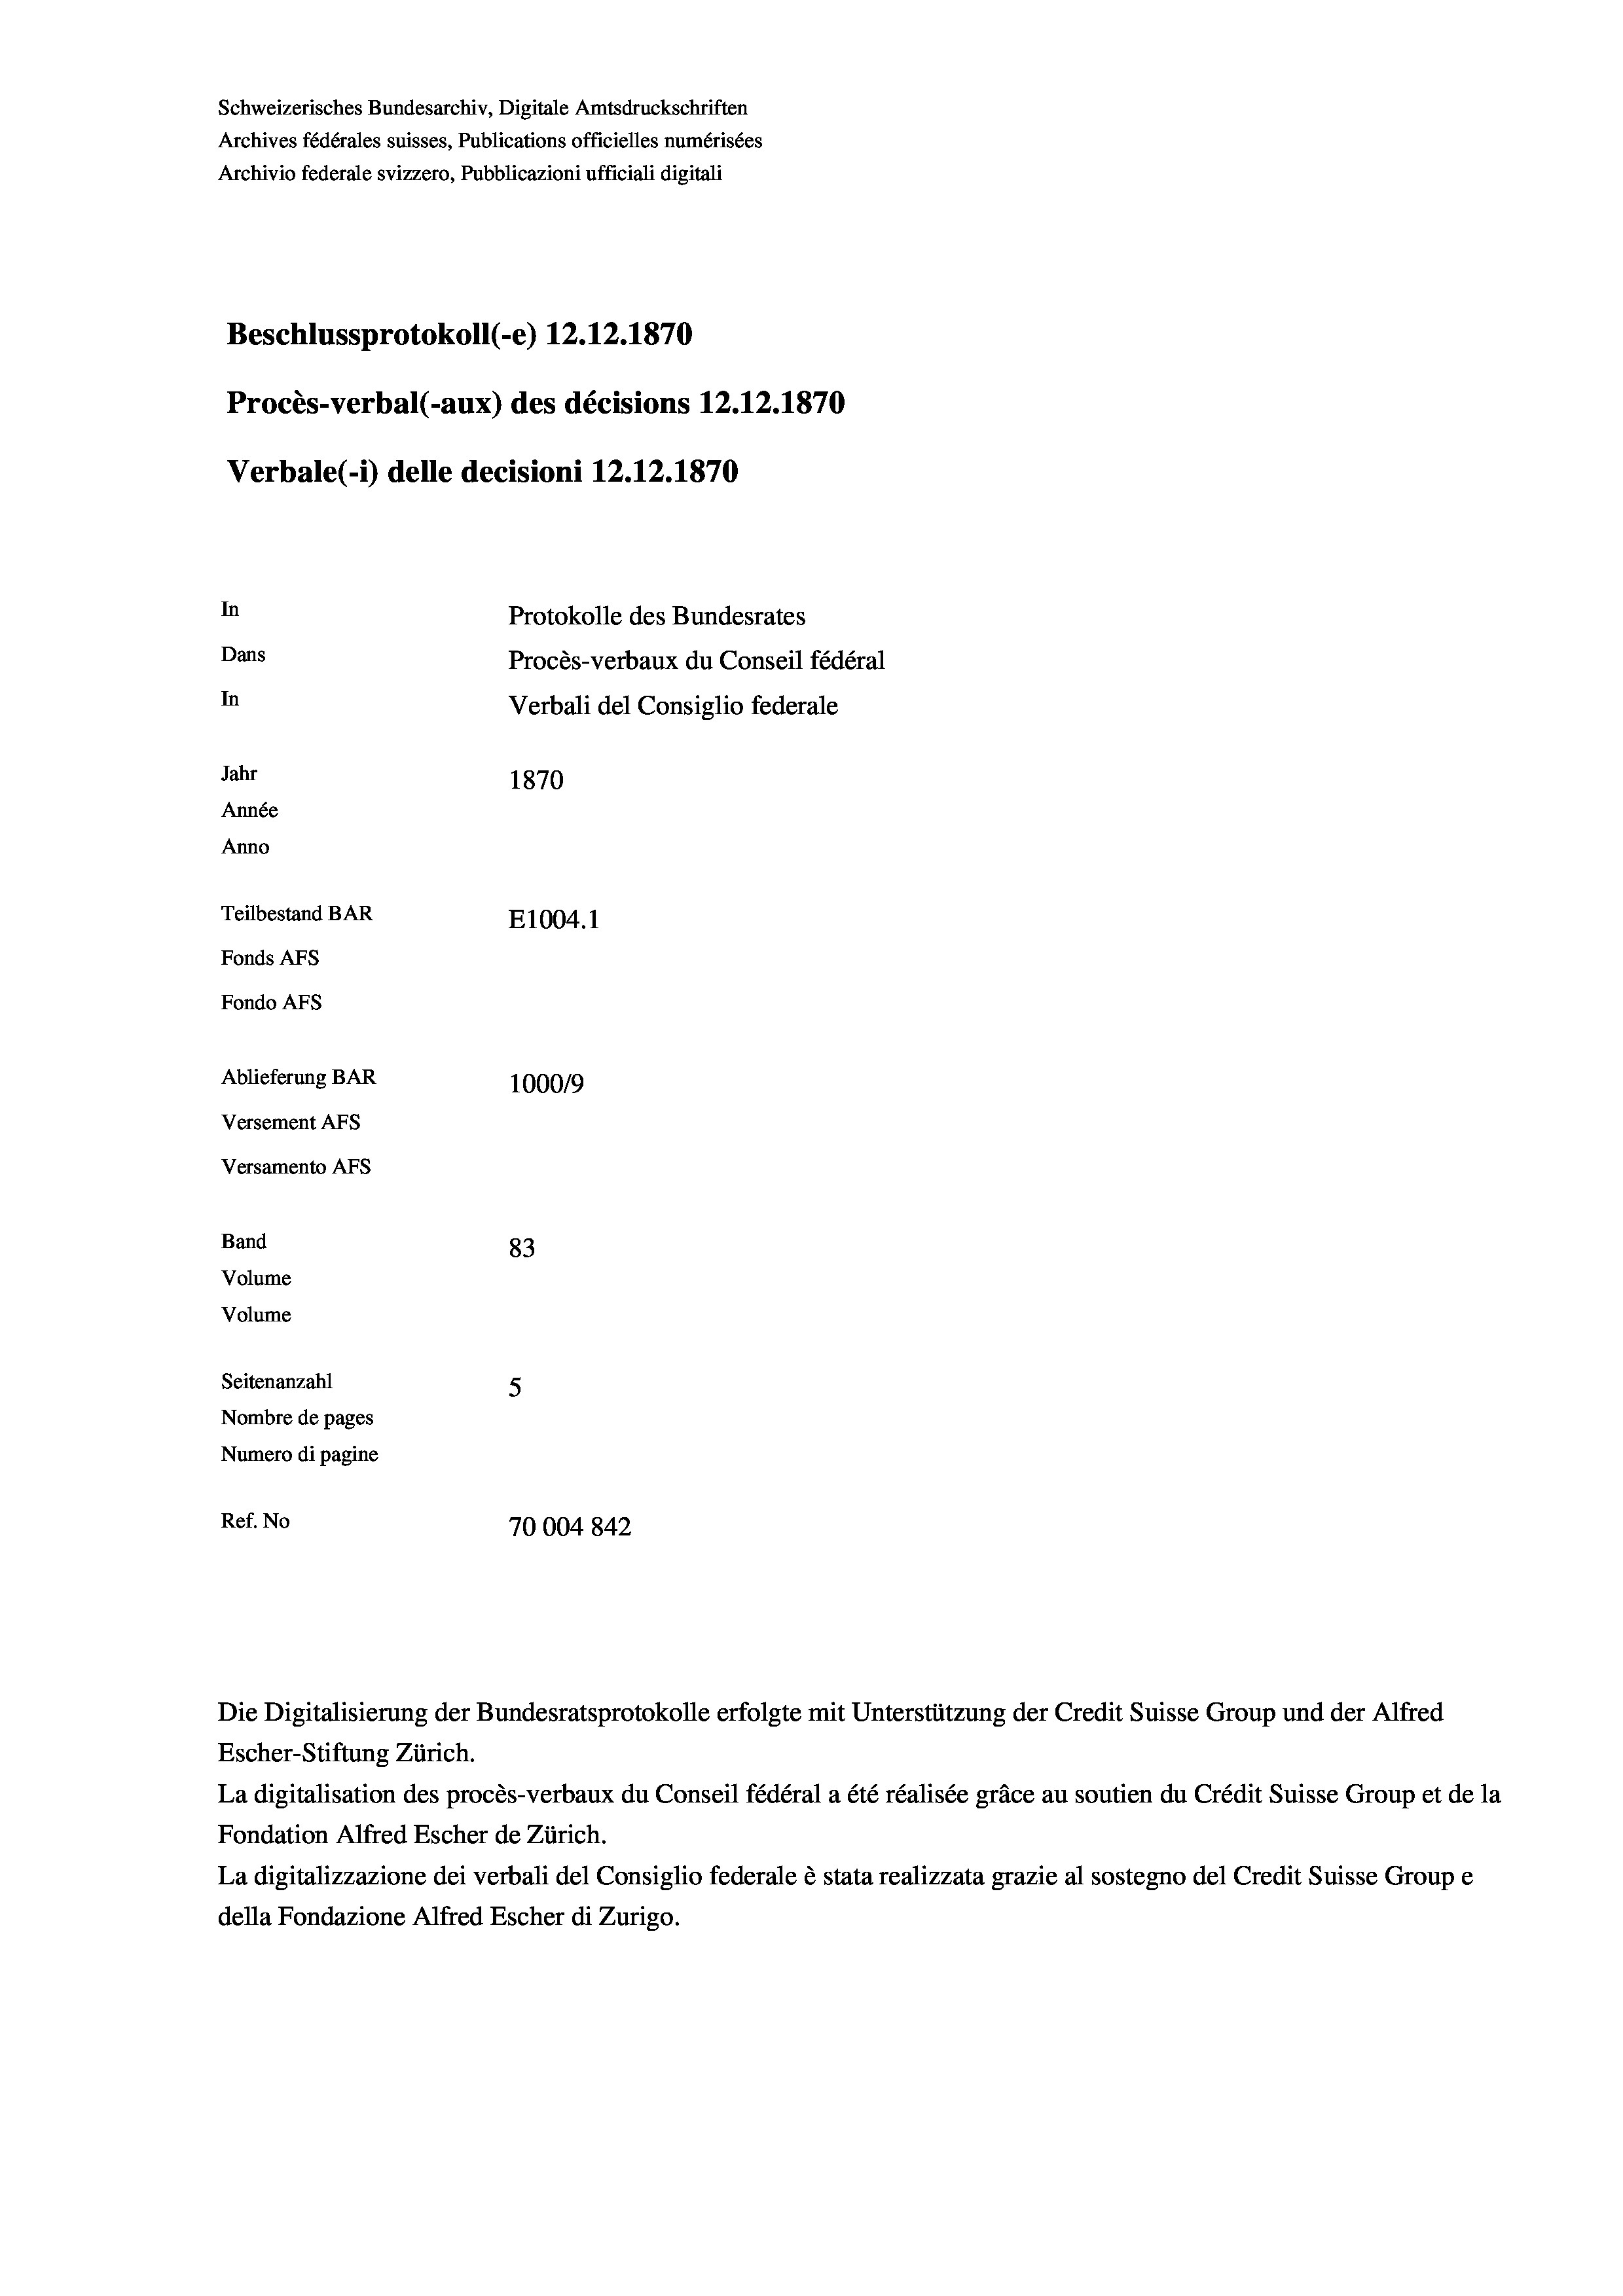
Schweizerisches Bundesarchiv, Digitale Amtsdruckschriften
Archives fédérales suisses, Publications officielles numérisées
Archivio federale svizzero, Pubblicazioni ufficiali digitali
Beschlussprotokoll (-e) 12.12.1870
Procès-verbal (-aux) des décisions 12.12.1870
Verbale(-*) delle decisioni 12.12.1870
In
Protokolle des Bundesrates
Dans
Procès-verbaux du Conseil fédéral
In
Verbali del Consiglio federale
Jahr
1870
Année
Anno
Teilbestand BAR
E1004.1
Fonds AFs
Fondo AFs
Ablieferung BAR
100019
Versement Abs
Versamento Afs
Band
83
Volume
Volume
Seitenanzahl
5
Nombre de pages
Numero di pagine
Ref. No
70004 842

Escher-Stiftung Zürich.
La digitalisation des procès-verbaux du Conseil fédéral a été réalisée gräce au soutien du Crédit Suisse Group et de la
Fondation Alfred Escher de Zürich.
La digitalizzazione dei verbali del Consiglio federale è stata realizzata grazie al sostegno del Credit Suisse Groupe
della Fondazione Alfred Escher di Zurigo.

Die Digitalisierung der Bundesratsprotokolle erfolgte mit Unterstützung der Credit Suisse Group und der Alfred